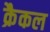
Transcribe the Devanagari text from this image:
क्रैकल